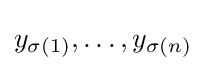
y_{\sigma (1)},\ldots ,y_{\sigma (n)}